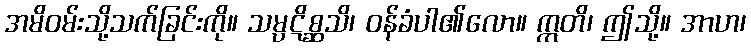
အမိဝမ်းသို့သက်ခြင်းကို။ သမ္ပဋိစ္ဆသိ၊ ဝန်ခံပါ၏လော။ ဣတိ၊ ဤသို့။ အာဟ၊